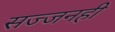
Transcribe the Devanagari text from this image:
सज्जनही